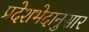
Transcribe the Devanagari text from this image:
प्रदेशभेदानुसार